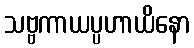
သဗ္ဗကာယပ္ပဟာယိနော